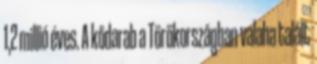
1,2 millió éves. A kődarab a Törökországban valaha talált